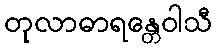
တုလာဓာရန္တေဝါသီ